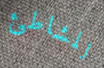
للشاطئ